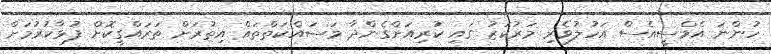
ހުންނަ އެމްސީއެސް އަހުލުވެރި މަރުކަޒު ގައި ކުރިއަށްގެންދާ މަސައްކަތްތައް އިތުރަށް ތަރައްގީކޮށް ފުޅާކުރުމަށް